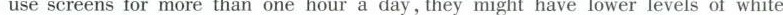
use screens for more than one hour a day , they might have lower levels of whit